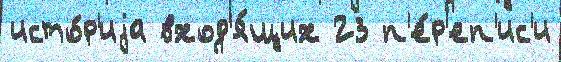
исто́р'иjа вход'я́щих 23 п'е́р'еп'ис'и